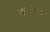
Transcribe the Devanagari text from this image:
काढील